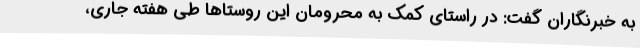
به خبرنگاران گفت: در راستای کمک به محرومان این روستاها طی هفته جاری،